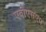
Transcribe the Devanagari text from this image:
एवीएसएम